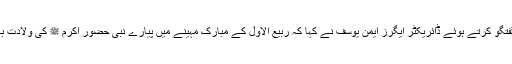
اس موقع پر گفتگو کرتے ہوئے ڈائریکٹر ایگرز ایمن یوسف نے کہا کہ ربیع الاول کے مبارک مہینے میں پیارے نبی حضور اکرم ﷺ کی ولادت باسعادت ہوئی۔